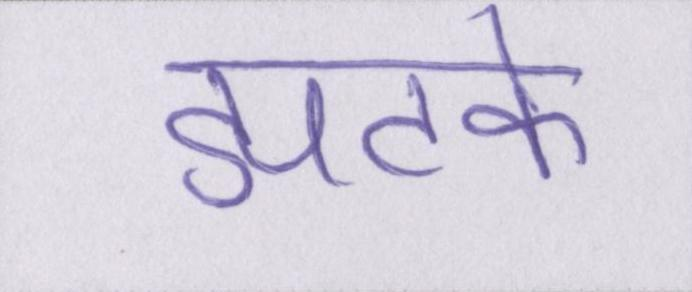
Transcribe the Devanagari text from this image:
झटके